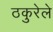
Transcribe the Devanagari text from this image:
ठकुरेले